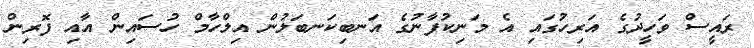
ރައީސް ވަހީދުގެ އަރިހުގައި އެ މަނިކުފާނުގެ އަނބިކަނބަލުން އިލްހާމް ހުސައިން އާއި ފޮރިން